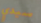
سيدي